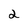
Character: 2